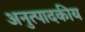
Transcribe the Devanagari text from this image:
अनुत्पादकीय